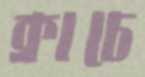
ক্রাচে